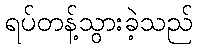
ရပ်တန့်သွားခဲ့သည်